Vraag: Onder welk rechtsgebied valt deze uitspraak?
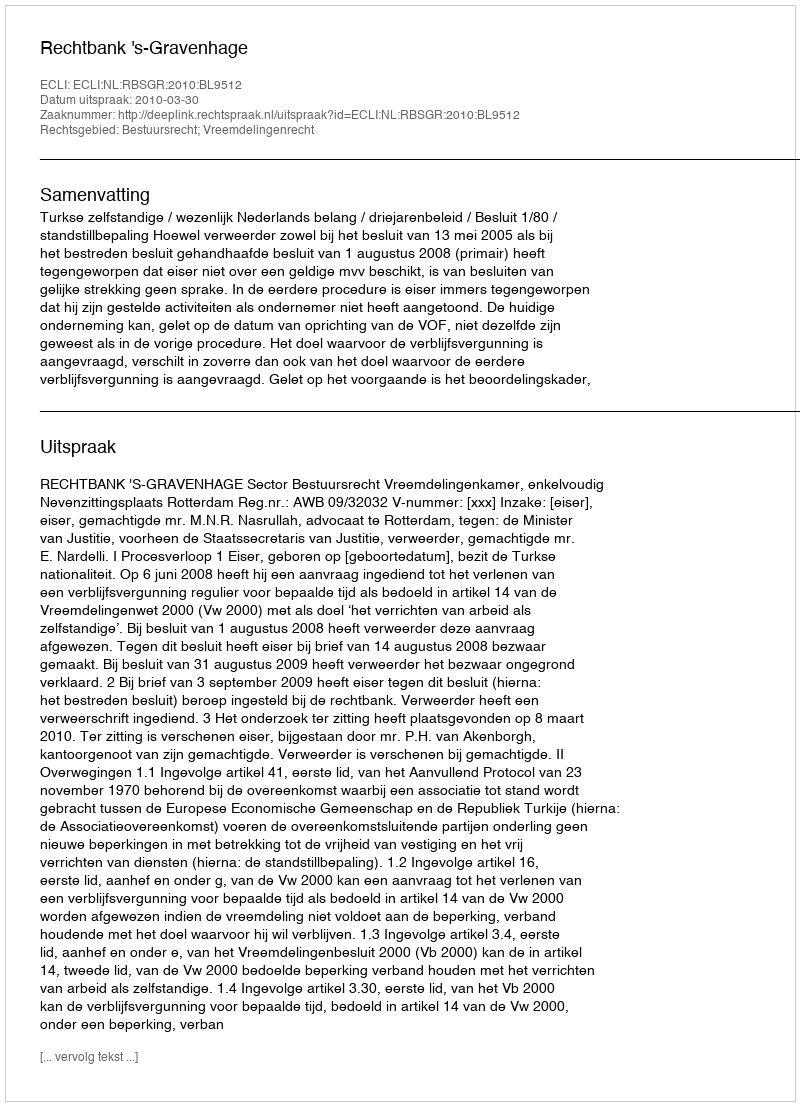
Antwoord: Bestuursrecht; Vreemdelingenrecht